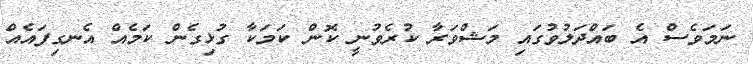
ނަމަވެސް އެ ބައްދަލުވުގައި މަޝްވަރާ ކުރެވުނީ ކޮން ކަމަކާ ގުޅިގެން ކަމެއް އެނގިފައެއް